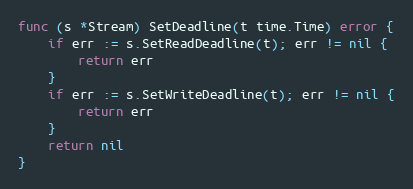
Language: Go
func (s *Stream) SetDeadline(t time.Time) error {
	if err := s.SetReadDeadline(t); err != nil {
		return err
	}
	if err := s.SetWriteDeadline(t); err != nil {
		return err
	}
	return nil
}